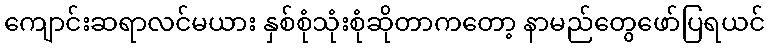
ကျောင်းဆရာလင်မယား နှစ်စုံသုံးစုံဆိုတာကတော့ နာမည်တွေဖော်ပြရယင်